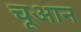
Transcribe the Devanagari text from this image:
चूआन